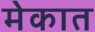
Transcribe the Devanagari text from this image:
मेकात